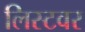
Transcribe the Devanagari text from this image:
लिस्टवर